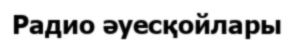
Радио әуесқойлары